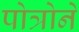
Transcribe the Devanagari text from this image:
पोत्रोने